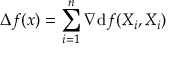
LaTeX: \displaystyle \Delta f ( x ) = \sum _ { i = 1 } ^ { n } \nabla \mathrm { d } f ( X _ { i } , X _ { i } )